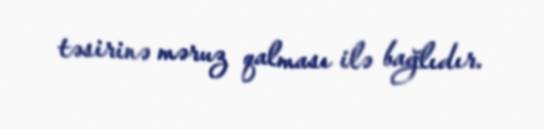
təsirinə məruz qalması ilə bağlıdır.